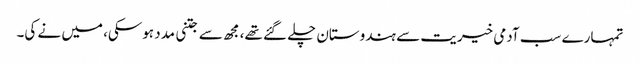
تمہارے سب آدمی خیریت سے ہندوستان چلے گئے تھے، مجھ سے جتنی مدد ہوسکی، میں نے کی۔